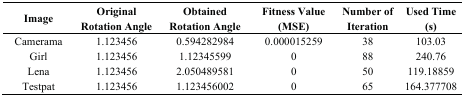
<table><thead><tr><td><b>Image</b></td><td><b>Original Rotation Angle</b></td><td><b>Obtained Rotation Angle</b></td><td><b>Fitness Value (MSE)</b></td><td><b>Number of Iteration</b></td><td><b>Used Time (s)</b></td></tr></thead><tbody><tr><td>Camerama</td><td>1.123456</td><td>0.594282984</td><td>0.000015259</td><td>38</td><td>103.03</td></tr><tr><td>Girl</td><td>1.123456</td><td>1.12345599</td><td>0</td><td>88</td><td>240.76</td></tr><tr><td>Lena</td><td>1.123456</td><td>2.050489581</td><td>0</td><td>50</td><td>119.18859</td></tr><tr><td>Testpat</td><td>1.123456</td><td>1.123456002</td><td>0</td><td>65</td><td>164.377708</td></tr></tbody></table>